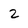
Character: 2